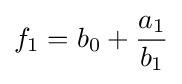
{f}_{1}={b}_{0}+{\frac {{a}_{1}}{{b}_{1}}}